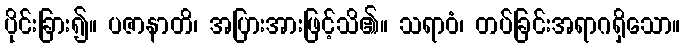
ပိုင်းခြား၍။ ပဇာနာတိ၊ အပြားအားဖြင့်သိ၏။ သရာဝံ၊ တပ်ခြင်းအရာဂရှိသော။